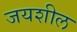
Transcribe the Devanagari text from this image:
जयशील